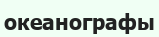
океанографы